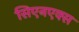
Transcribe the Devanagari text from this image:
सिएनएक्स